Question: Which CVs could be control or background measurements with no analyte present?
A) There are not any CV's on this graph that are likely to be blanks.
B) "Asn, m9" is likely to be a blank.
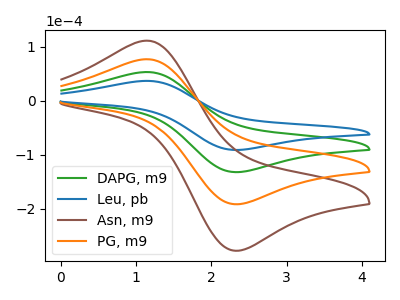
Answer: <think>The green curve "DAPG, m9" has an anodic peak at (1.15V, 52.85uA) and a cathodic peak at (2.35V, -132.40uA). The blue curve "Leu, pb" has an anodic peak at (1.15V, 36.45uA) and a cathodic peak at (2.35V, -91.40uA). The brown curve "Asn, m9" has an anodic peak at (1.15V, 158.50uA) and a cathodic peak at (2.35V, -397.25uA). The orange curve "PG, m9" has an anodic peak at (1.15V, 105.70uA) and a cathodic peak at (2.35V, -264.80uA).</think>
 <answer>A) There are not any CV's on this graph that are likely to be blanks.</answer>
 <eval>A</eval>